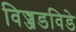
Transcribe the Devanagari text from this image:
विज्जडविडे